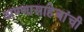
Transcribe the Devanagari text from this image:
अण्णासाहेबांची